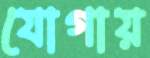
যোগায়